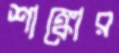
শাঙ্কোর